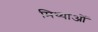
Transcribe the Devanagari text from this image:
मिथ्याओं